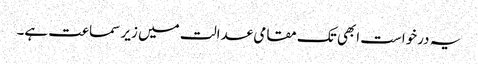
یہ درخواست ابھی تک مقامی عدالت میں زیر سماعت ہے۔